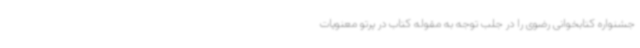
جشنواره کتابخوانی رضوی را در جلب توجه به مقوله کتاب در پرتو معنویات